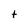
Character: t